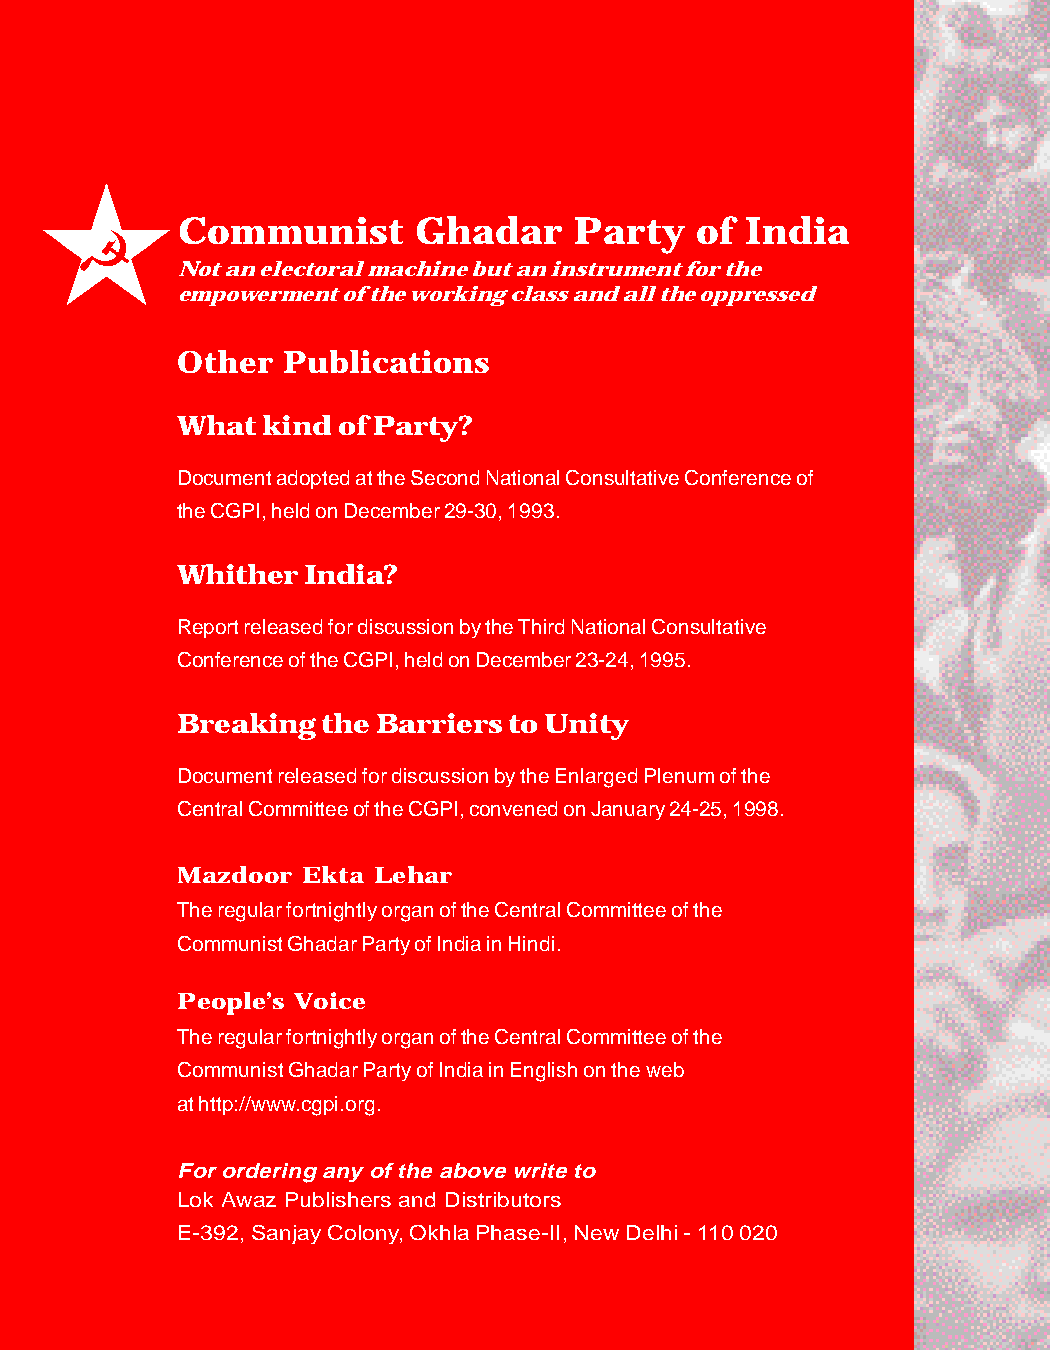
Communist      Ghadar     Party   of India
 Not an electoral machine but an instrument for the
 empowerment of the working class and all the oppressed
 Other  Publications
 What kind of Party?
 Document adopted at the Second National Consultative Conference of
 the CGPI, held on December 29-30, 1993.
 Whither India?
 Report released for discussion by the Third National Consultative
 Conference of the CGPI, held on December 23-24, 1995.
 Breaking the Barriers to Unity
 Document released for discussion by the Enlarged Plenum of the
 Central Committee of the CGPI, convened on January 24-25, 1998.
 Mazdoor Ekta Lehar
 The regular fortnightly organ of the Central Committee of the
 Communist Ghadar Party of India in Hindi.
 People’s Voice
 The regular fortnightly organ of the Central Committee of the
 Communist Ghadar Party of India in English on the web
 at http://www.cgpi.org.
 For ordering any of the above write to
 Lok Awaz Publishers and Distributors
 E-392, Sanjay Colony, Okhla Phase-II, New Delhi - 110 020